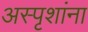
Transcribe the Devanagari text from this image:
अस्पृशांना